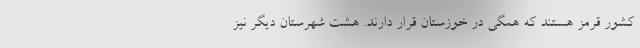
کشور قرمز هستند که همگی در خوزستان قرار دارند. هشت شهرستان دیگر نیز